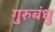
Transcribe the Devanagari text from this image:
गुरुबंधु